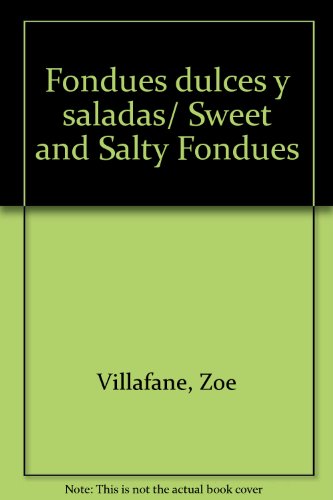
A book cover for Fondues dulces y saladas; Zoe Villafane; Cookbooks, Food & Wine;